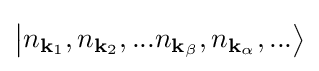
\left|n_{\mathbf {k} _{1}},n_{\mathbf {k} _{2}},...n_{\mathbf {k} _{\beta }},n_{\mathbf {k} _{\alpha }},...\right\rangle